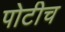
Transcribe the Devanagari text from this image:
पोटीच